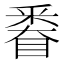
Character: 𨤗